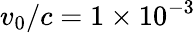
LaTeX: v_{0}/c=1\times 10^{-3}